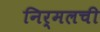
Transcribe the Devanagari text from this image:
निर्मलची